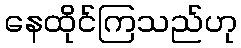
နေထိုင်ကြသည်ဟု